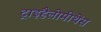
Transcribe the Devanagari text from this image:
ट्राइहैलोमीथेंस